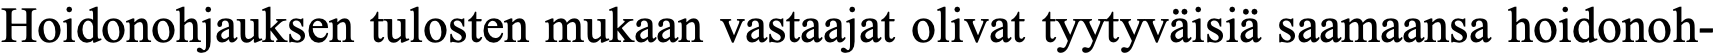
Hoidonohjauksen tulosten mukaan vastaajat olivat tyytyväisiä saamaansa hoidonoh-